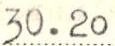
30.20